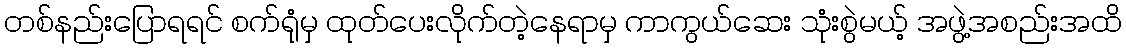
တစ်နည်းပြောရရင် စက်ရုံမှ ထုတ်ပေးလိုက်တဲ့နေရာမှ ကာကွယ်ဆေး သုံးစွဲမယ့် အဖွဲ့အစည်းအထိ